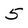
Character: 5